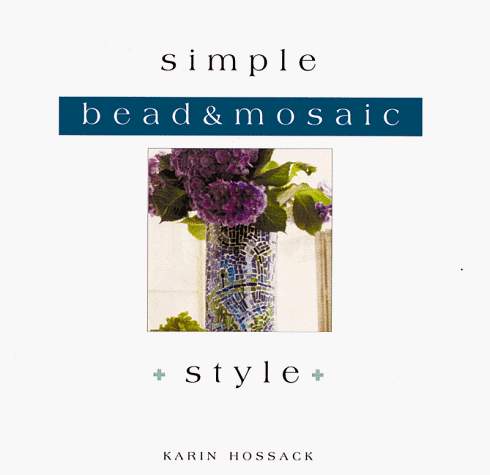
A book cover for Simple Bead & Mosaic Style (Simple Style); Karin Hossack; Arts & Photography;